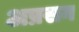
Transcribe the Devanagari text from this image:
अप्रसन